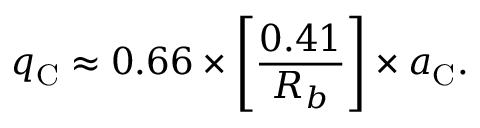
q _ { \mathrm { C } } \approx 0 . 6 6 \times \left[ \frac { 0 . 4 1 } { R _ { b } } \right] \times a _ { \mathrm { C } } .